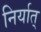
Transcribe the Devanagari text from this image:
निर्यात्‌